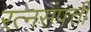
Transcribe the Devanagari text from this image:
रत्नसंपत्ती